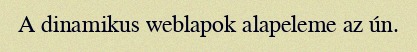
A dinamikus weblapok alapeleme az ún.